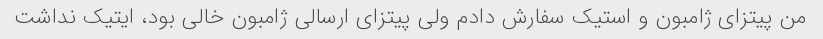
من پیتزای ژامبون و استیک سفارش دادم ولی پیتزای ارسالی ژامبون خالی بود، ایتیک نداشت